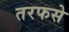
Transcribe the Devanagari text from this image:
तरफसे